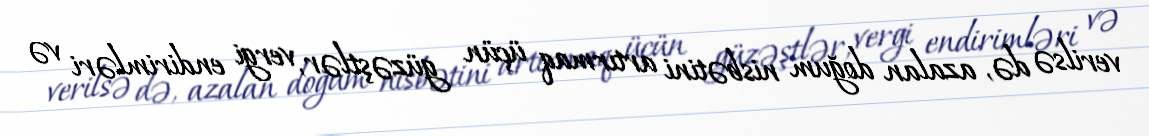
verilsə də, azalan doğum nisbətini artırmaq üçün güzəştlər, vergi endirimləri və